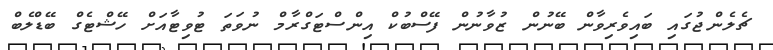
ޗެލެންޖުގައި ބައިވެރިވާން ބޭނުން ޒުވާނުން ފޭސްބުކް އިންސްޓަގްރާމް ނުވަތަ ޓުވިޓާއަށް ހޭޝްޓެގް ބޭޑްލެބް